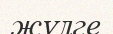
жүлге